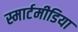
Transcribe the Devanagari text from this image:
स्मार्टमीडिया